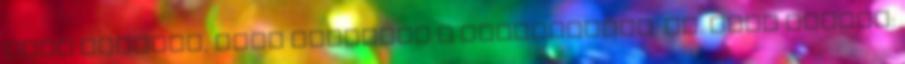
Rech Attilát, hogy fáradjon a mikrofonhoz. Dr. Rech Attila: